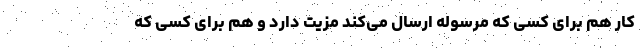
کار هم برای کسی که مرسوله ارسال می‌کند مزیت دارد و هم برای کسی که